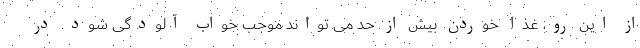
از این رو، غذا خوردن بیش از حد می تواند موجب خواب آلودگی شود. در